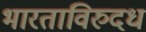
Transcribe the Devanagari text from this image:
भारताविरुदध